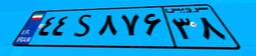
۸۹S۲۲۳۲۱